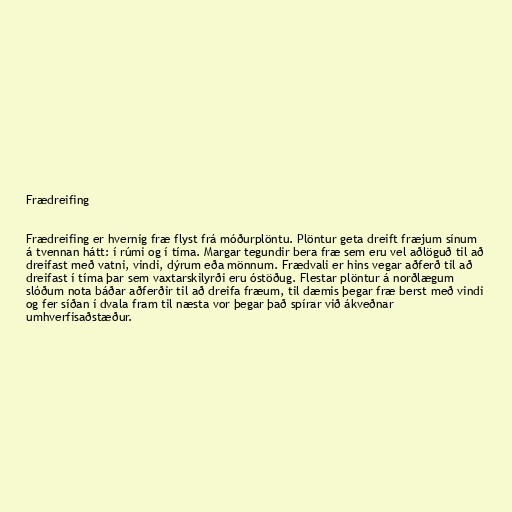
Frædreifing

Frædreifing er hvernig fræ flyst frá móðurplöntu. Plöntur geta dreift fræjum sínum
á tvennan hátt: í rúmi og í tíma. Margar tegundir bera fræ sem eru vel aðlöguð til að
dreifast með vatni, vindi, dýrum eða mönnum. Frædvali er hins vegar aðferð til að
dreifast í tíma þar sem vaxtarskilyrði eru óstöðug. Flestar plöntur á norðlægum
slóðum nota báðar aðferðir til að dreifa fræum, til dæmis þegar fræ berst með vindi
og fer síðan í dvala fram til næsta vor þegar það spírar við ákveðnar
umhverfisaðstæður.